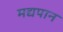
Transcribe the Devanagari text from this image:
मद्यपान